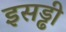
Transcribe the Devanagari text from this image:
इसड्ढी